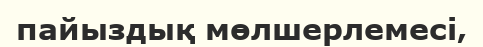
пайыздық мөлшерлемесі‚